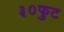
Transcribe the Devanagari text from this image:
३०फुट